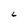
Character: 6